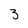
Character: 3